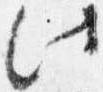
此